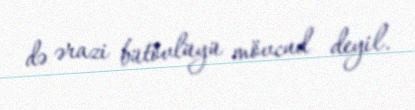
də ərazi bütövlüyü mövcud deyil.